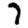
Digit: 7